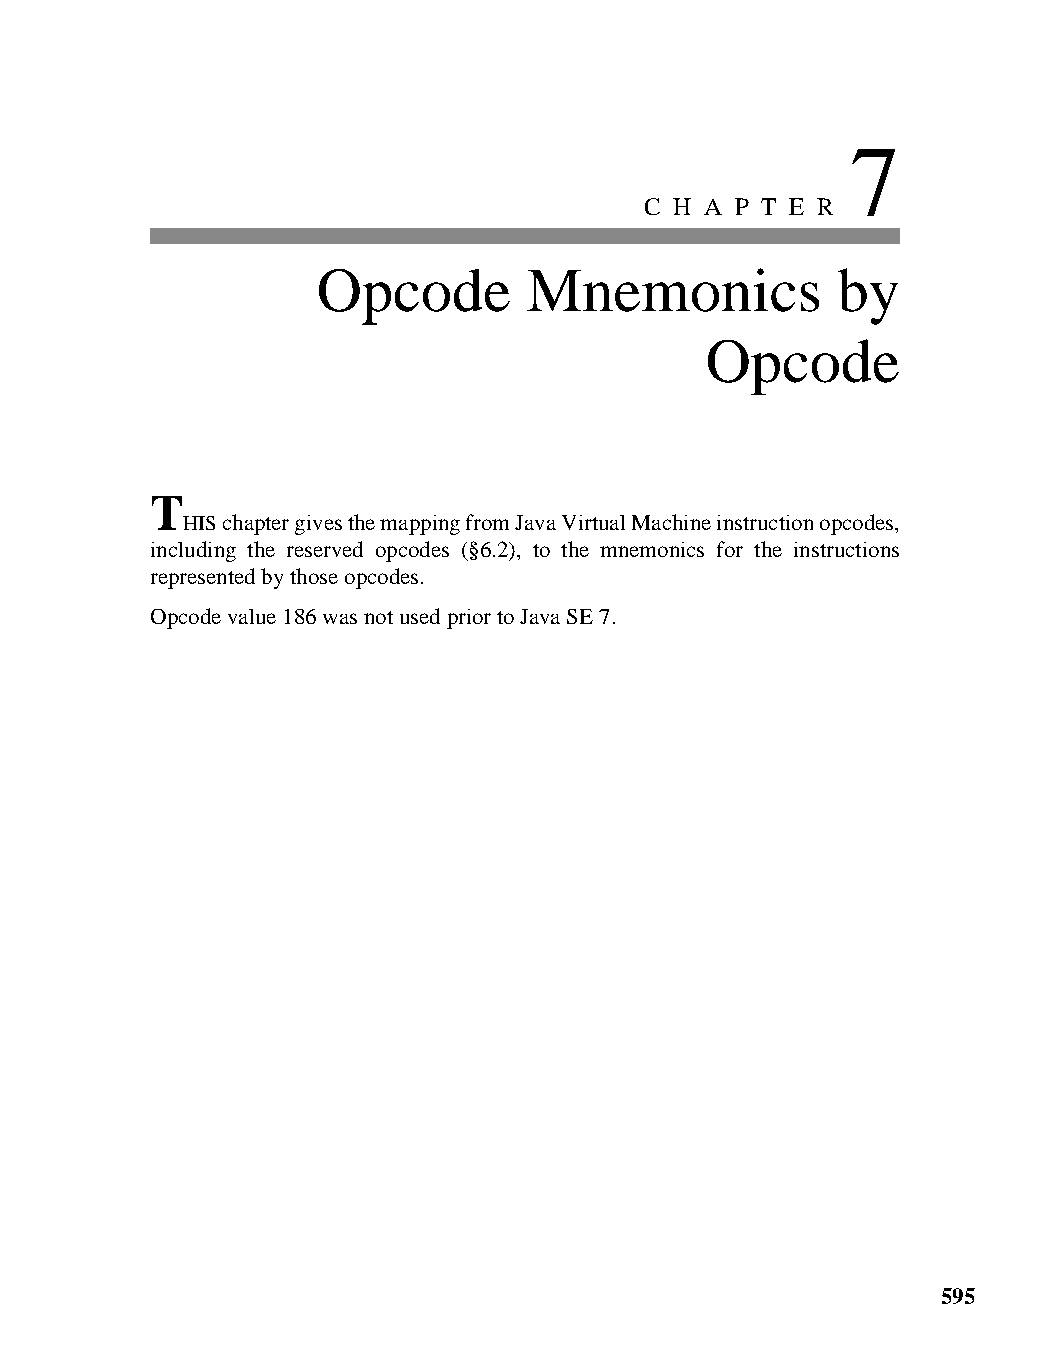
7
 C H A P T E R
 Opcode        Mnemonics           by
 Opcode
 T
 HIS chapter gives the mapping from Java Virtual Machine instruction opcodes,
 including the reserved opcodes (§6.2), to the mnemonics for the instructions
 represented by those opcodes.
 Opcode value 186 was not used prior to Java SE 7.
 595